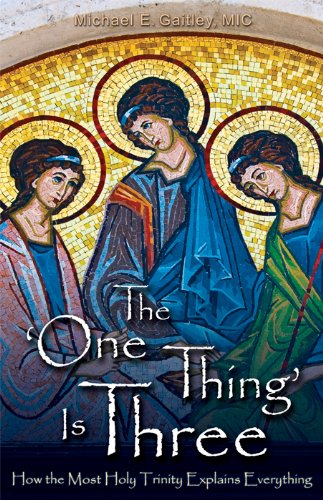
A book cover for The One Thing Is Three: How the Most Holy Trinity Explains Everything; Michael E. Gaitley; Politics & Social Sciences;